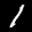
Label: 1